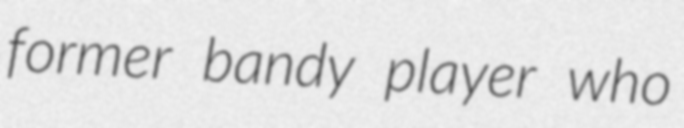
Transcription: former bandy player who